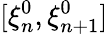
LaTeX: [\xi_{n}^{0},\xi_{n+1}^{0}]